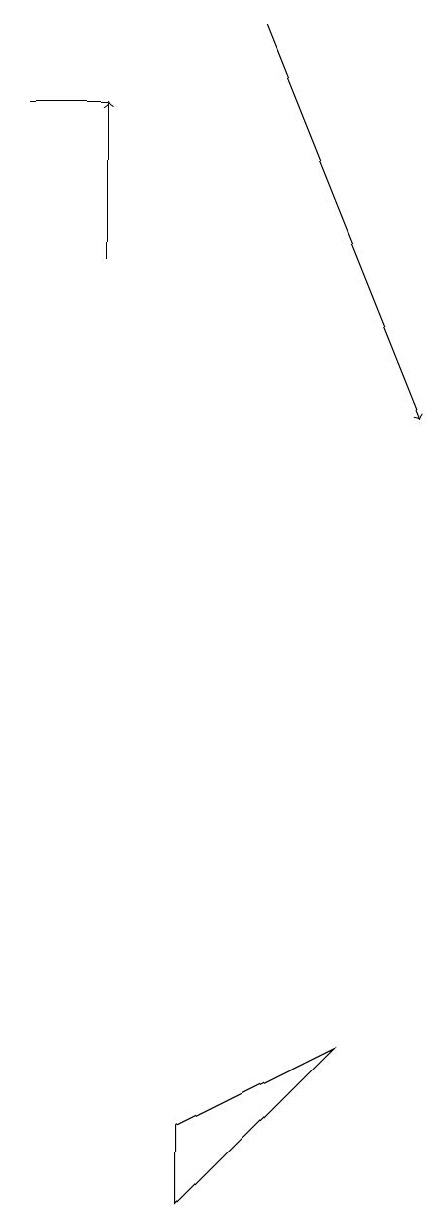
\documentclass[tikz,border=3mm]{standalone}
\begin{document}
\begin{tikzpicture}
\draw[->] (4,14) -- (4,16);
\draw[->] (6,17) -- (8,12);
\draw (5,2) -- (7,4) -- (5,3) -- cycle;
\draw (3,16) rectangle (4,16);
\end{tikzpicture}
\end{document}